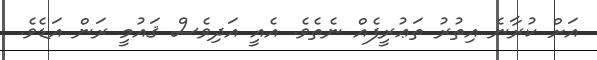
އަށް ކުރާނެ އިތުރު ތަޢުރީފެއް ނެތެވެ. އެއީ އަދިވެސް ޤައުމީ ރަން އަޑެވެ.